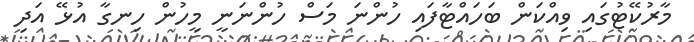
މާރުކޭޓުގައި ވިއްކަން ބަހައްޓާފައި ހުންނަ މަސް ހުންނަނީ މީހުން ހިނގާ އުޅޭ އަދި